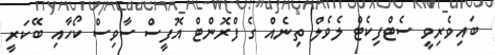
ބައިވެރިވީ ސެޓްފިކެޓް ލެވެލް ތިނެއް ގެ ފްރޮންޓް އޮފީސް ސާވިސް ކޯހާއި ބޭކަރީ